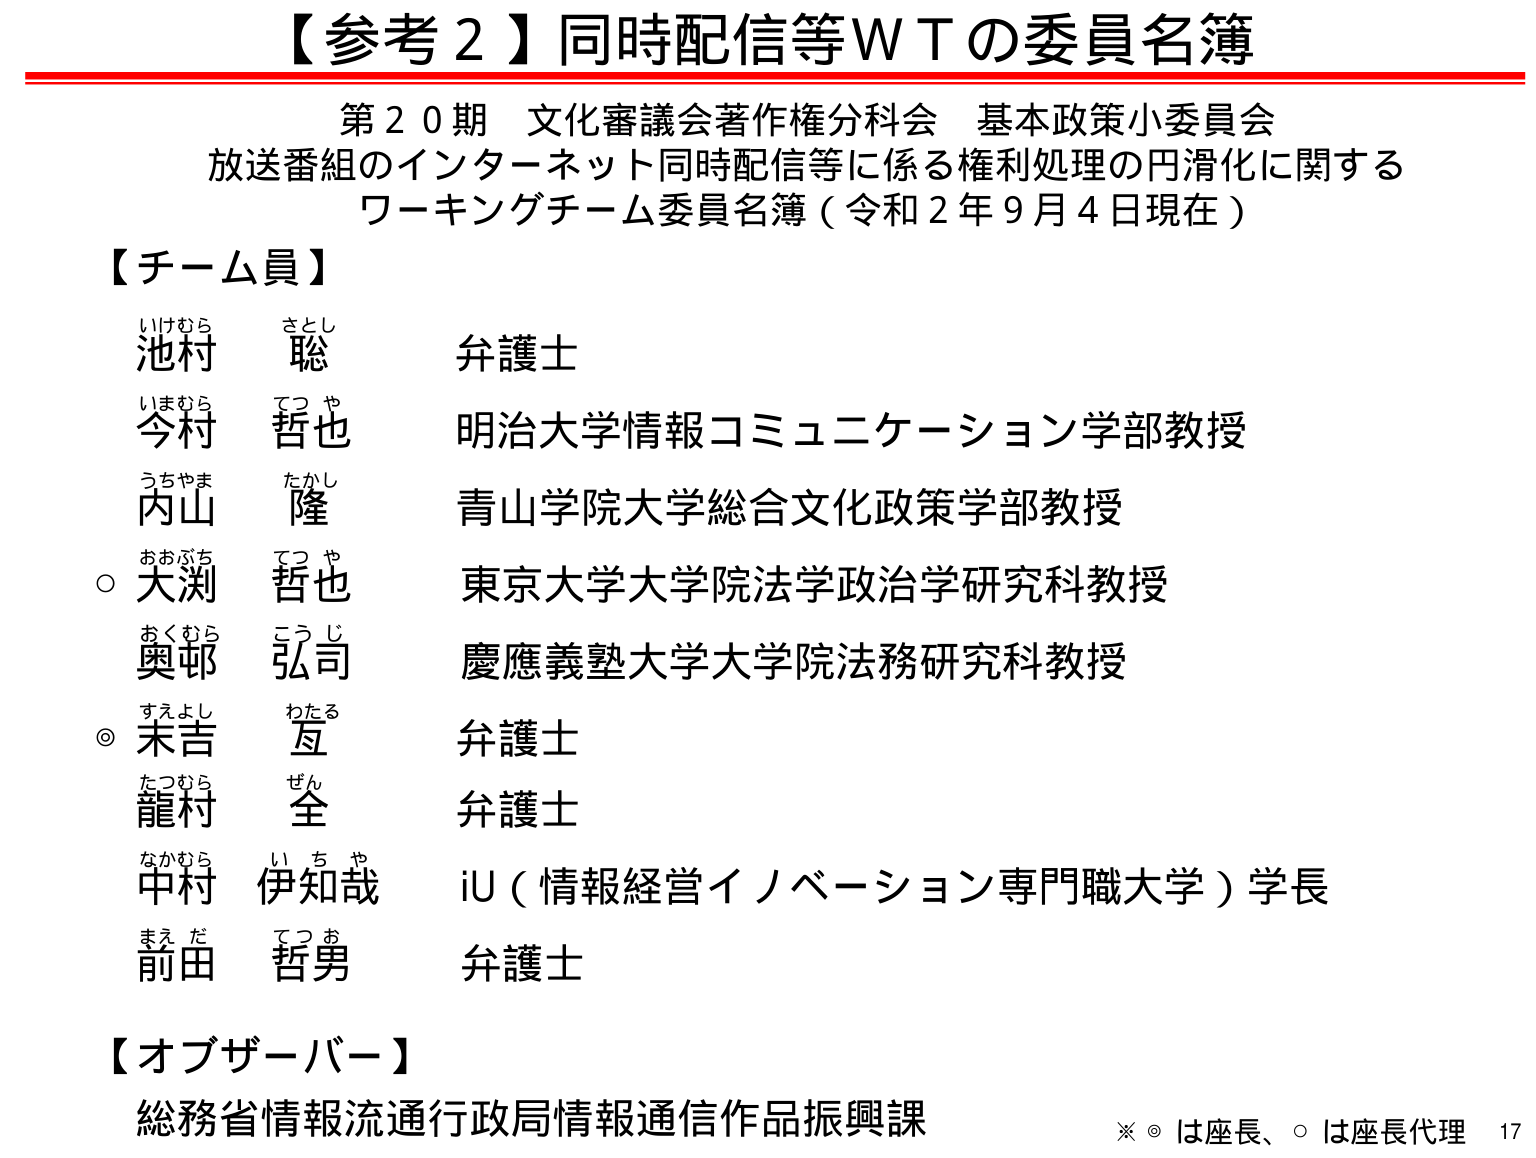
【参考２】同時配信等WTの委員名簿

第２０期 文化審議会著作権分科会 基本政策小委員会
放送番組のインターネット同時配信等に係る権利処理の円滑化に関する
ワーキングチーム委員名簿（令和２年９月４日現在）

【チーム員】
いけむら さとし
池村 聡 弁護士
いまむら てつや
今村 哲也 明治大学情報コミュニケーション学部教授
うちやま たかし
内山 隆 青山学院大学総合文化政策学部教授
○ おおぶち てつや
大渕 哲也 東京大学大学院法学政治学研究科教授
おくむら こうじ
奥邨 弘司 慶應義塾大学大学院法務研究科教授
◎ すえよし わたる
末吉 亘 弁護士
たつむら ぜん
龍村 全 弁護士
なかむら いちや
中村 伊知哉 iU（情報経営イノベーション専門職大学）学長
まえだ てつお
前田 哲男 弁護士

【オブザーバー】
総務省情報流通行政局情報通信作品振興課

※ ◎は座長、○は座長代理 17